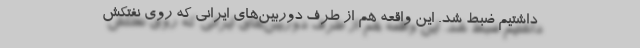
داشتیم ضبط شد. این واقعه هم از طرف دوربین‌های ایرانی که روی نفتکش